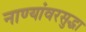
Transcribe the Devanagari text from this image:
नाण्यांवरसुद्धा